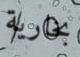
بخارية